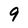
Character: 9